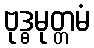
ဗုဒ္ဓမုတ္တမံ